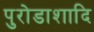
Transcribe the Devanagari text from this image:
पुरोडाशादि